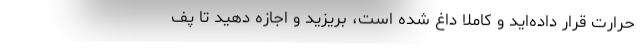
حرارت قرار داده‌اید و کاملا داغ شده است، بریزید و اجازه دهید تا پف